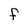
Character: F